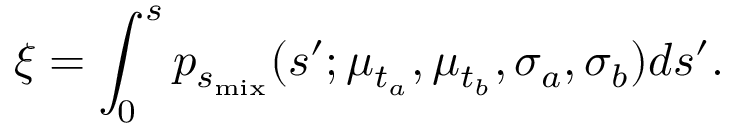
\xi = \int _ { 0 } ^ { s } p _ { s _ { \mathrm { m i x } } } ( s ^ { \prime } ; \mu _ { t _ { a } } , \mu _ { t _ { b } } , \sigma _ { a } , \sigma _ { b } ) d s ^ { \prime } .